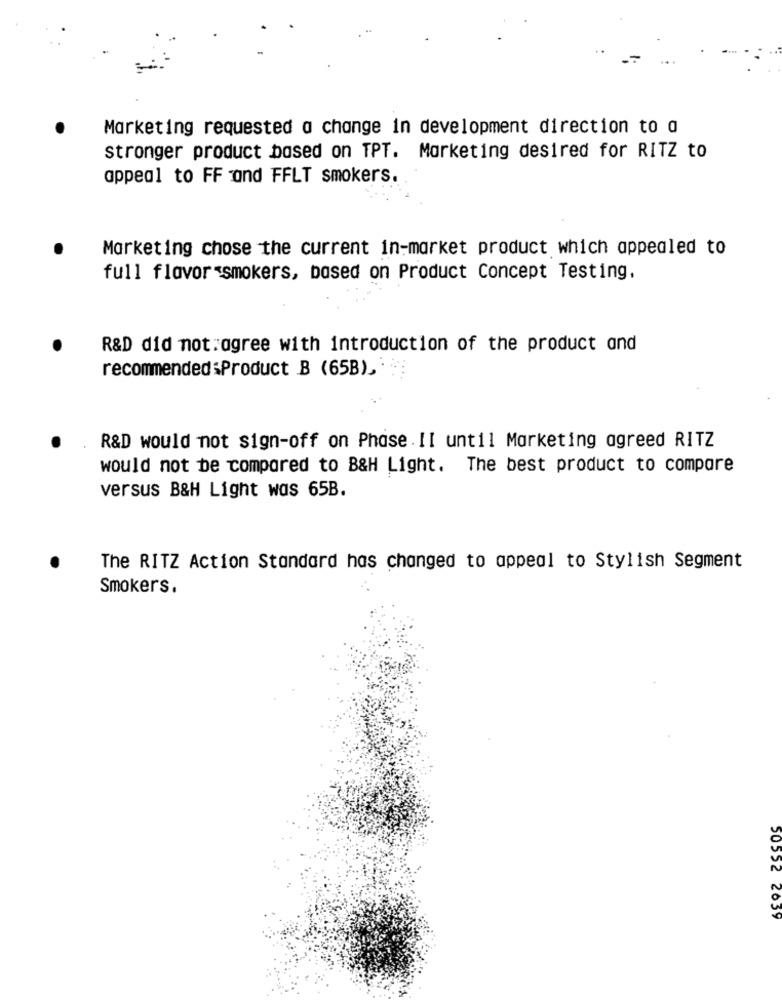
Marketing requested a change in development direction to a
stronger product based on TPT. Marketing desired for RITZ to
appeal to FF and FFLT smokers.
Marketing chose the current in-market product which appealed to
full flavor smokers, based on Product Concept Testing,
R&D did not:agree with introduction of the product and
recommended :Product B (65B), . :
R&D would not sign-off on Phase II until Marketing agreed RITZ
would not be compared to B&H Light. The best product to compare
versus B&H Light was 65B.
The RITZ Action Standard has changed to appeal to Stylish Segment
Smokers.
50552 2639